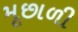
મૂછાળી